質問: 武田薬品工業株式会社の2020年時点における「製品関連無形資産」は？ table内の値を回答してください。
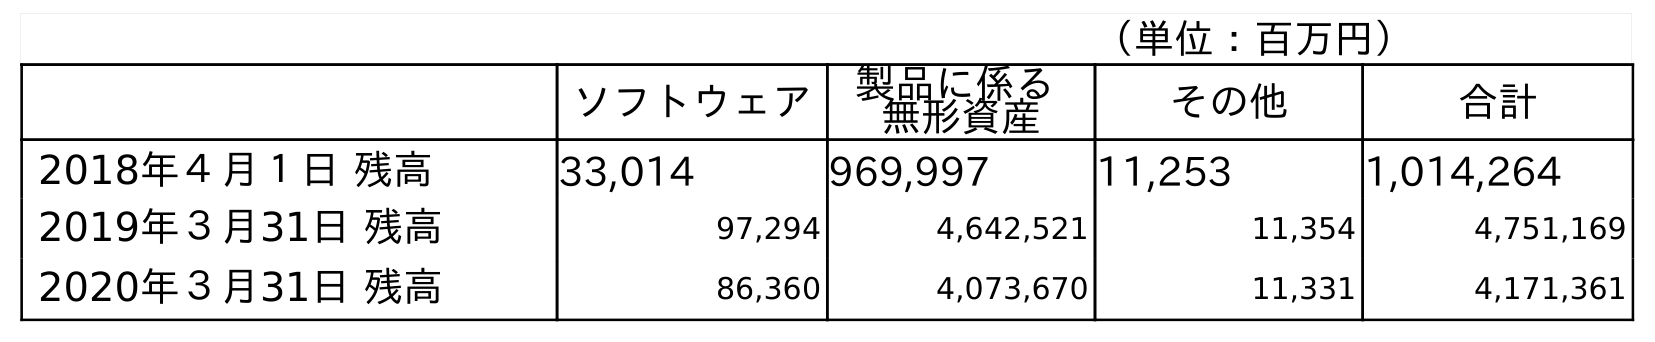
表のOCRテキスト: （単位：百万円） ソフトウェア 製品に係る 無形資産 その他 合計 2018年４月１日 残高 33,014 969,997 11,253 1,014,264 2019年３月31日 残高 97,294 4,642,521 11,354 4,751,169 2020年３月31日 残高 86,360 4,073,670 11,331 4,171,361
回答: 4,073,670